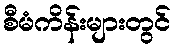
စီမံကိန်းများတွင်